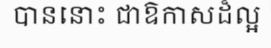
បាននោះ ជាឱកាសដ៏ល្អ